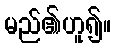
မည်၏ဟူ၍။